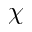
\chi